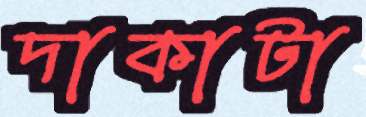
দাকাটা